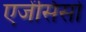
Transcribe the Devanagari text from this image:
एजेंसिसों